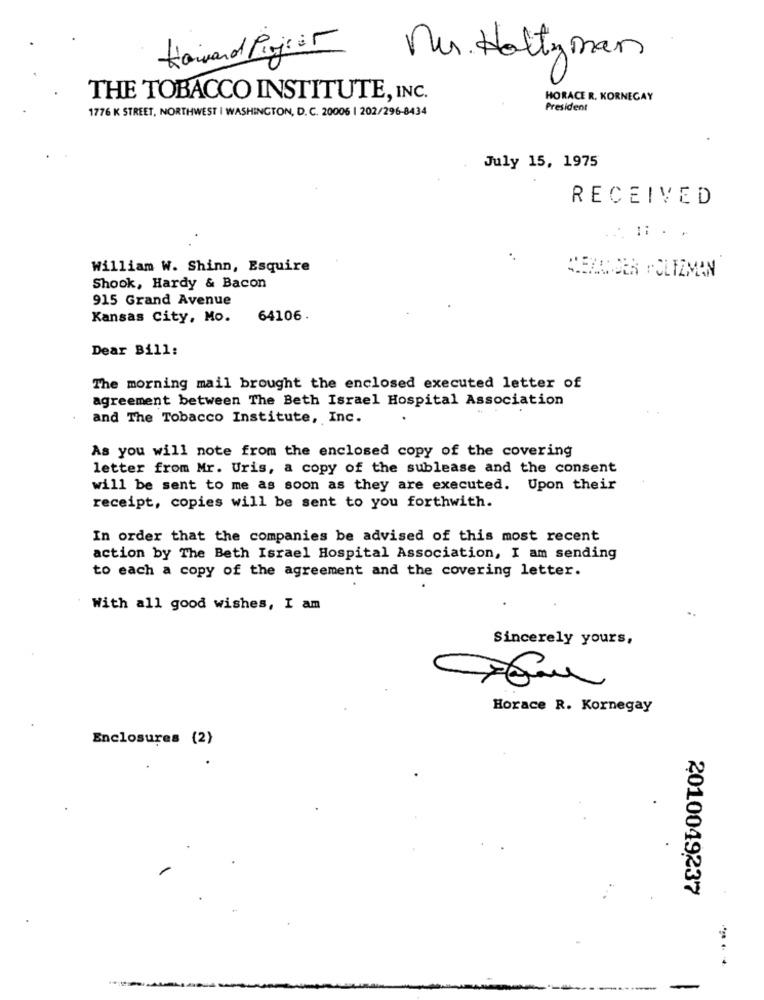
Howard Prior
nu. Holly man
THE TOBACCO INSTITUTE, INC.
HORACE R. KORNEGAY
1776 K STREET, NORTHWEST | WASHINGTON, D. C. 20006 | 202/296-8434
President
July 15, 1975
RECEIVED
..
William W. Shinn, Esquire
PERIODER HOLTZMAN
Shook, Hardy & Bacon
915 Grand Avenue
Kansas City, Mo.
64106.
Dear Bill:
The morning mail brought the enclosed executed letter of
agreement between The Beth Israel Hospital Association
and The Tobacco Institute, Inc.
As you will note from the enclosed copy of the covering
letter from Mr. Uris, a copy of the sublease and the consent
will be sent to me as soon as they are executed. Upon their
receipt, copies will be sent to you forthwith.
In order that the companies be advised of this most recent
action by The Beth Israel Hospital Association, I am sending
to each a copy of the agreement and the covering letter.
With all good wishes, I am
Sincerely yours,
Horace R. Kornegay
Enclosures (2)
2010049237
...
--
-